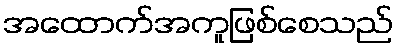
အထောက်အကူဖြစ်စေသည်